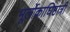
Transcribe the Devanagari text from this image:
भूर्लोकाधिष्ठात्रीं